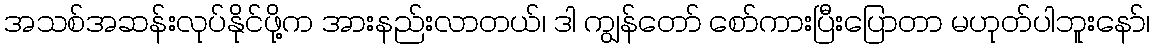
အသစ်အဆန်းလုပ်နိုင်ဖို့က အားနည်းလာတယ်၊ ဒါ ကျွန်တော် စော်ကားပြီးပြောတာ မဟုတ်ပါဘူးနော်၊